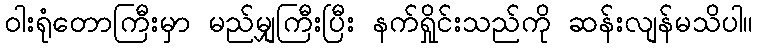
ဝါးရုံတောကြီးမှာ မည်မျှကြီးပြီး နက်ရှိုင်းသည်ကို ဆန်းလျန်မသိပါ။